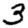
Digit: 3